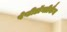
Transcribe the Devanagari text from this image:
पेप्टीडॉग्लीकैन